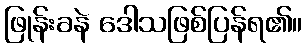
ဖြုန်းခနဲ ဒေါသဖြစ်ပြန်ရ၏။